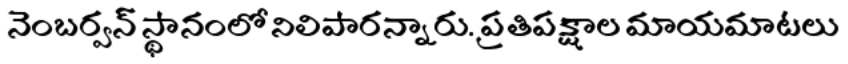
నెంబర్వన్ స్థానంలో నిలిపారన్నారు. ప్రతిపక్షాల మాయమాటలు